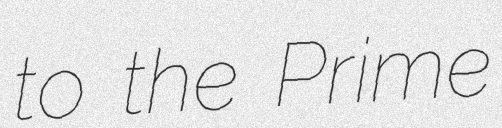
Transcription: to the Prime